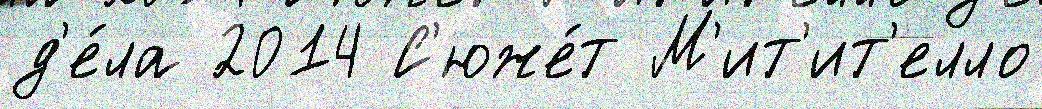
д'е́ла 2014 С'юже́т М'ит'ит'елло